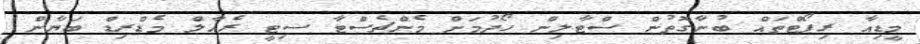
މީޑިއާ ރިޕޯޓްތައް ބުނާގޮތުން ސްޓާލިން ހޯދުމަށް މެންޗެސްޓާ ސިޓީ ރެއާލް މެޑްރިޑް ބަޔާން